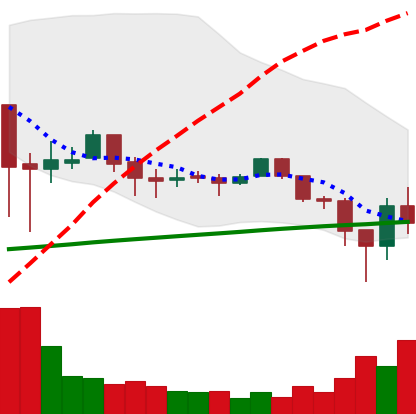
Ticker: LTC-USD
Chart end date: 2018-02-04
Forward return: 10.758%
Label: up_7plus